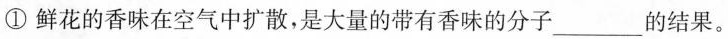
①鲜花的香味在空气中扩散，是大量的带有香味的分子___的结果。